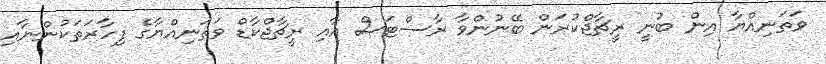
ވަތަނިއްޔާ އިން ބުނީ ރީޗާޖްކުރަން ބޭނުންވާ ރާސްޓަސް އާއި ރީޗާޖްކާޑް ވަތަނިއްޔާގެ ފިހާރަތަކުންނާއި